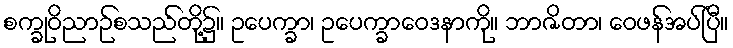
စက္ခုဝိညာဉ်စသည်တို့၌။ ဥပေက္ခာ၊ ဥပေက္ခာဝေဒနာကို။ ဘာဇိတာ၊ ဝေဖန်အပ်ပြီ။